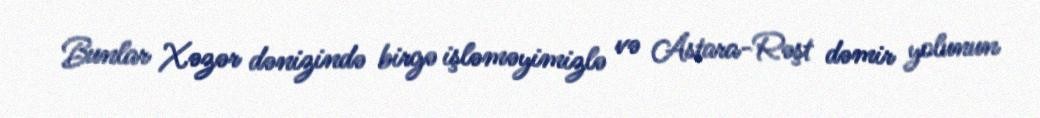
Bunlar Xəzər dənizində birgə işləməyimizlə və Astara-Rəşt dəmir yolunun